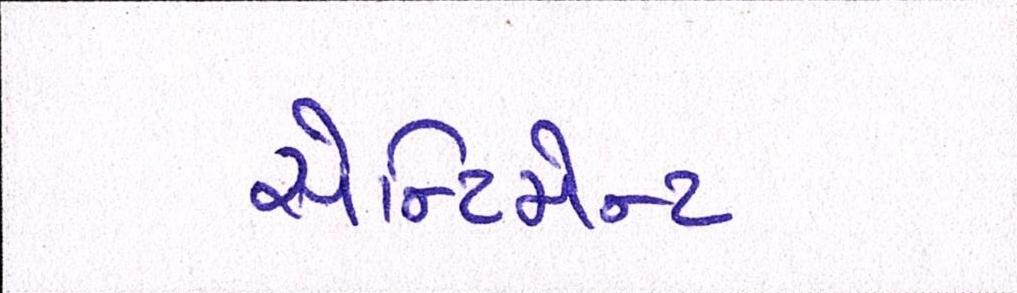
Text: સેન્ટિમેન્ટ